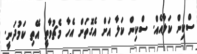
ސްކިން ކަލާއެއް. ސްކިން ކަލާ އަށް އެގޮތަށް އެހާ މެޗުވާތީ އޭތި ކަމުދަނީ.